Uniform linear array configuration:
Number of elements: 32
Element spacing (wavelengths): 1
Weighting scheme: binomial
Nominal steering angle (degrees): -30
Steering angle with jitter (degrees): -31.945
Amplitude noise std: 0.05
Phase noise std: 0.05

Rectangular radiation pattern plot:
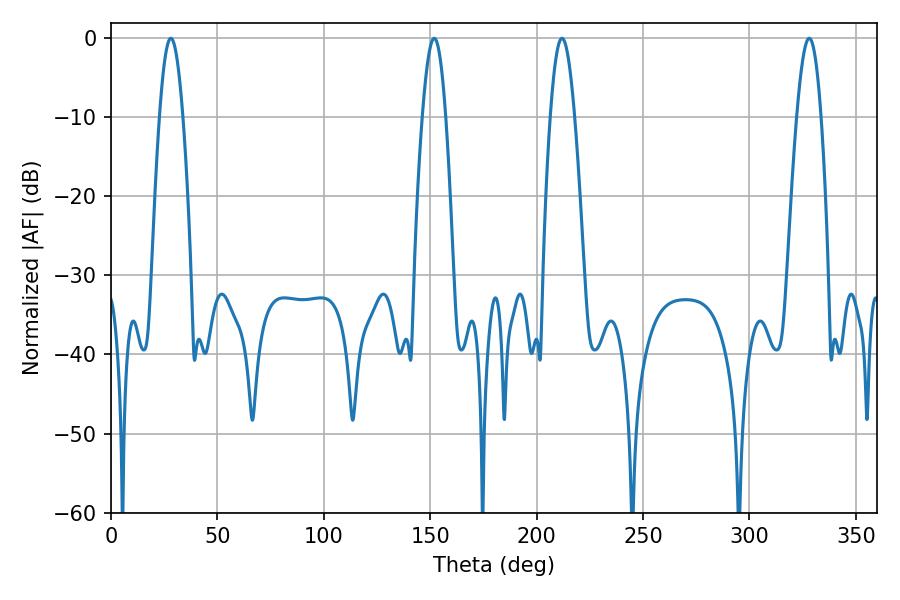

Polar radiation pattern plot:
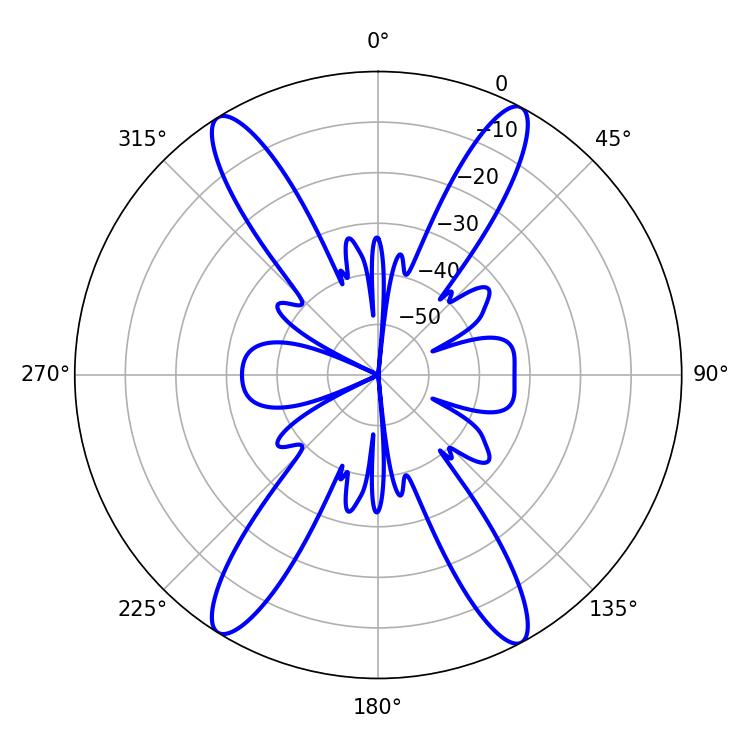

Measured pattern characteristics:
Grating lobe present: TRUE
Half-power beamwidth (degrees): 5.94
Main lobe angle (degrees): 28.08